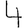
Digit: 4